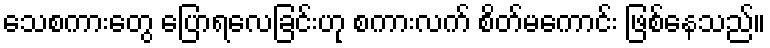
သေစကားတွေ ပြောရလေခြင်းဟု စကားလက် စိတ်မကောင်း ဖြစ်နေသည်။